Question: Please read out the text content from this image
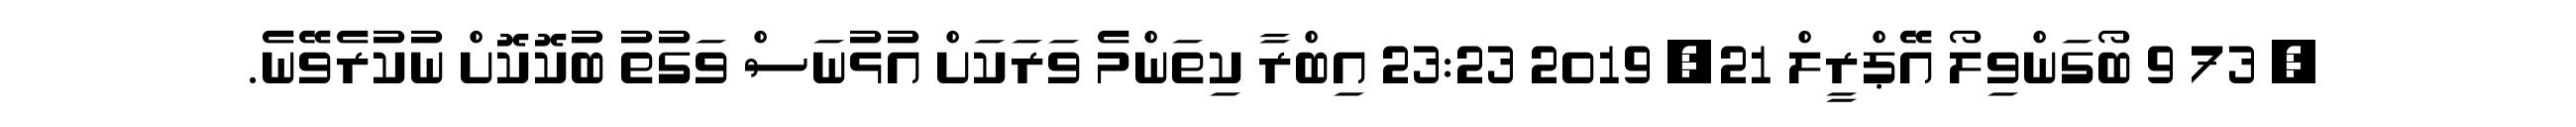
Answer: ? 73 9 ބޯގަންވިލޯ އޭޕްރީލް 21, 2019 23:23 އިބްރާ ކިތަންމެ ވަރަކަށް އުޅުނަސް ވަގުތު ބުކޮކޮށް ނުކުރެވޭނެ.